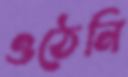
ওঠেনি